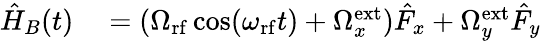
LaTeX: \begin{array}{rl}{\hat{H}_{B}(t)}&{{}=(\Omega_{\mathrm{rf}}\cos(\omega_{\mathrm{rf}}t)+\Omega_{x}^{\mathrm{ext}})\hat{F}_{x}+\Omega_{y}^{\mathrm{ext}}\hat{F}_{y}}\end{array}